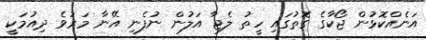
އަނެއްކޮޅުން ޖޯކާގެ ގޮތުގައި ހީތު ލެޖާ އަލުން ނުފެނި އޭނާ މަރުވެ ދިއުމަކީ